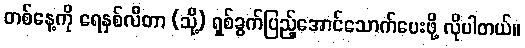
တစ်နေ့ကို ရေနှစ်လီတာ (သို့) ရှစ်ခွက်ပြည့်အောင်သောက်ပေးဖို့ လိုပါတယ်။